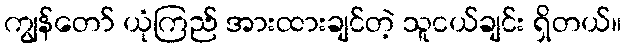
ကျွန်တော် ယုံကြည် အားထားချင်တဲ့ သူငယ်ချင်း ရှိတယ်။